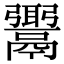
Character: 𩱓